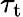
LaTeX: \tau_{\mathrm{t}}